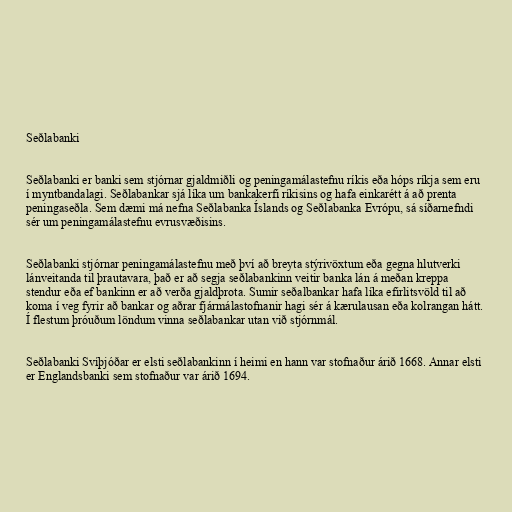
Seðlabanki

Seðlabanki er banki sem stjórnar gjaldmiðli og peningamálastefnu ríkis eða hóps ríkja sem eru
í myntbandalagi. Seðlabankar sjá líka um bankakerfi ríkisins og hafa einkarétt á að prenta
peningaseðla. Sem dæmi má nefna Seðlabanka Íslands og Seðlabanka Evrópu, sá síðarnefndi
sér um peningamálastefnu evrusvæðisins.

Seðlabanki stjórnar peningamálastefnu með því að breyta stýrivöxtum eða gegna hlutverki
lánveitanda til þrautavara, það er að segja seðlabankinn veitir banka lán á meðan kreppa
stendur eða ef bankinn er að verða gjaldþrota. Sumir seðalbankar hafa líka efirlitsvöld til að
koma í veg fyrir að bankar og aðrar fjármálastofnanir hagi sér á kærulausan eða kolrangan hátt.
Í flestum þróuðum löndum vinna seðlabankar utan við stjórnmál.

Seðlabanki Svíþjóðar er elsti seðlabankinn í heimi en hann var stofnaður árið 1668. Annar elsti
er Englandsbanki sem stofnaður var árið 1694.